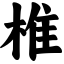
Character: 椎